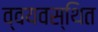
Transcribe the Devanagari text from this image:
व्वयवस्थित